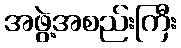
အဖွဲ့အစည်းကြီး